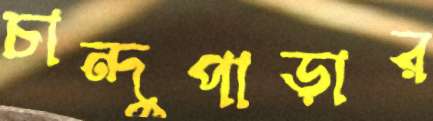
চান্দুপাড়ার